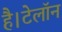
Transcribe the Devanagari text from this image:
है।टेलॉन